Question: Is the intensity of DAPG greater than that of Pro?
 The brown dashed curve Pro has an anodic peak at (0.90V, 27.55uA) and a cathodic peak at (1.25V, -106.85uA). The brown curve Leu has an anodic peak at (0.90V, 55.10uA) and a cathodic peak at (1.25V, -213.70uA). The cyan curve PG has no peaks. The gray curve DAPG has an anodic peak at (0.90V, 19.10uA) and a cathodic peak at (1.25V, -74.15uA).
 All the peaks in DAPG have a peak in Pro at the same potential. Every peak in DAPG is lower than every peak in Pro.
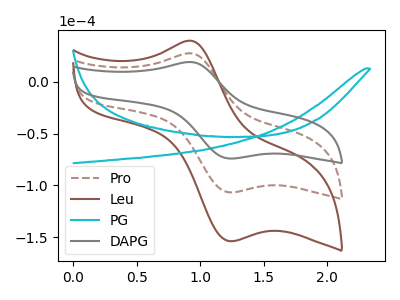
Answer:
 <answer>"DAPG" has less signal than "Pro".</answer>
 <eval>less_signal</eval>